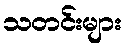
သတင်းများ